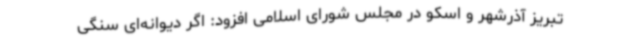
تبریز آذرشهر و اسکو در مجلس شورای اسلامی افزود: اگر دیوانه‌ای سنگی